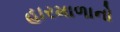
હારમાળાનો